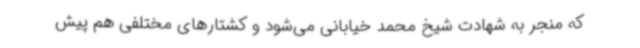
که منجر به شهادت شیخ محمد خیابانی می‌شود و کشتارهای مختلفی هم پیش